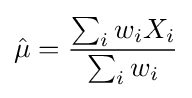
{\hat {\mu }}={\frac {\sum _{i}w_{i}X_{i}}{\sum _{i}w_{i}}}